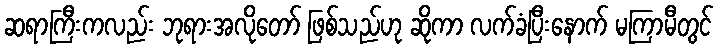
ဆရာကြီးကလည်း ဘုရားအလိုတော် ဖြစ်သည်ဟု ဆိုကာ လက်ခံပြီးနောက် မကြာမီတွင်